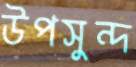
উপসুন্দ